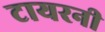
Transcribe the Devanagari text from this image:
टायरनी